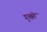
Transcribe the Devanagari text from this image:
गुज्झों